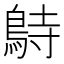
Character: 𪀔